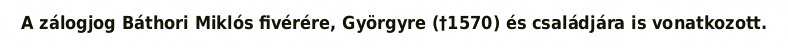
A zálogjog Báthori Miklós fivérére, Györgyre (†1570) és családjára is vonatkozott.